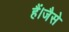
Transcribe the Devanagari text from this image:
हैं।जैसे